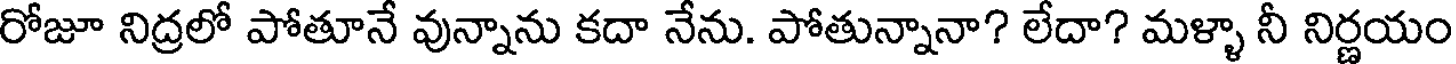
రోజూ నిద్రలో పోతూనే వున్నాను కదా నేను. పోతున్నానా? లేదా? మళ్ళా నీ నిర్ణయం